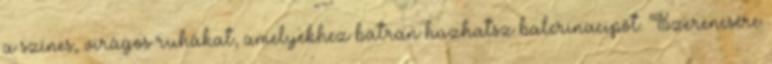
a színes, virágos ruhákat, amelyekhez bátran húzhatsz balerinacipőt. Szerencsére